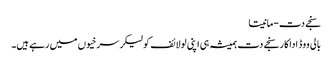
سنجے دت-مانیتا
بالی ووڈ اداکار سنجے دت ہمیشہ ہی اپنی لولائف کولیکر سرخیوں میں رہے ہیں۔